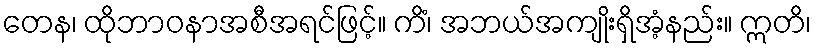
တေန၊ ထိုဘာဝနာအစီအရင်ဖြင့်။ ကိံ၊ အဘယ်အကျိုးရှိအံ့နည်း။ ဣတိ၊